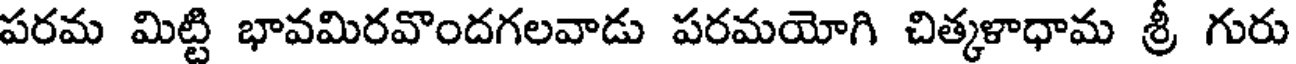
పరమ మిట్టి భావమిరవొందగలవాడు పరమయోగి చిత్కళాధామ శ్రీ గురు